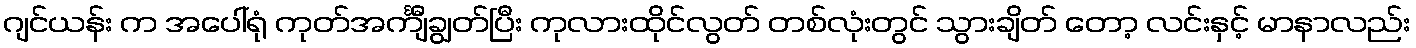
ဂျင်ယန်း က အပေါ်ရုံ ကုတ်အင်္ကျီချွတ်ပြီး ကုလားထိုင်လွတ် တစ်လုံးတွင် သွားချိတ် တော့ လင်းနှင့် မာနာလည်း